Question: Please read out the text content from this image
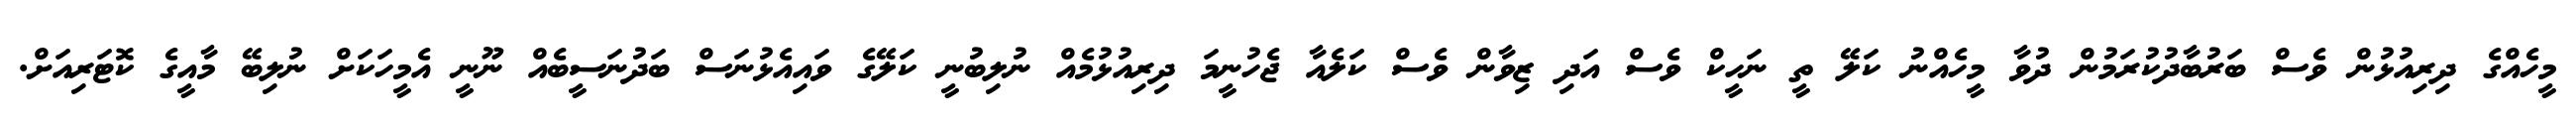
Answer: މީހެއްގެ ދިރިއުޅުން ވެސް ބަރުބާދުކުރަމުން ދުވާ މީހެއްނު ކަލޭ ތީ ނަހީކް ވެސް އަދި ޒިވާން ވެސް ކަލެއާ ޖެހުނީމަ ދިރިއުޅުމެއް ނުލިބުނީ ކަލޭގެ ވައިއެޅުނަސް ބަދުނަސީބެއް ނޫނީ އެމީހަކަށް ނުލިބޭ މާއީގެ ކޮޓަރިއަށް.